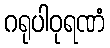
ဂရုပါဝုရဏံ